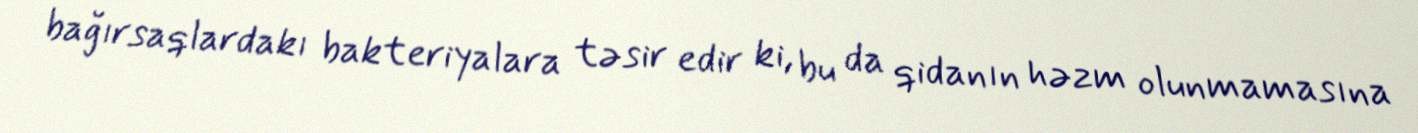
bağırsaqlardakı bakteriyalara təsir edir ki, bu da qidanın həzm olunmamasına